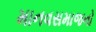
માનવસમાજનો